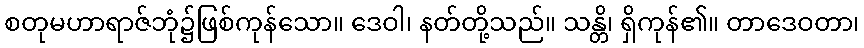
စတုမဟာရာဇ်ဘုံ၌ဖြစ်ကုန်သော။ ဒေဝါ၊ နတ်တို့သည်။ သန္တိ၊ ရှိကုန်၏။ တာဒေဝတာ၊